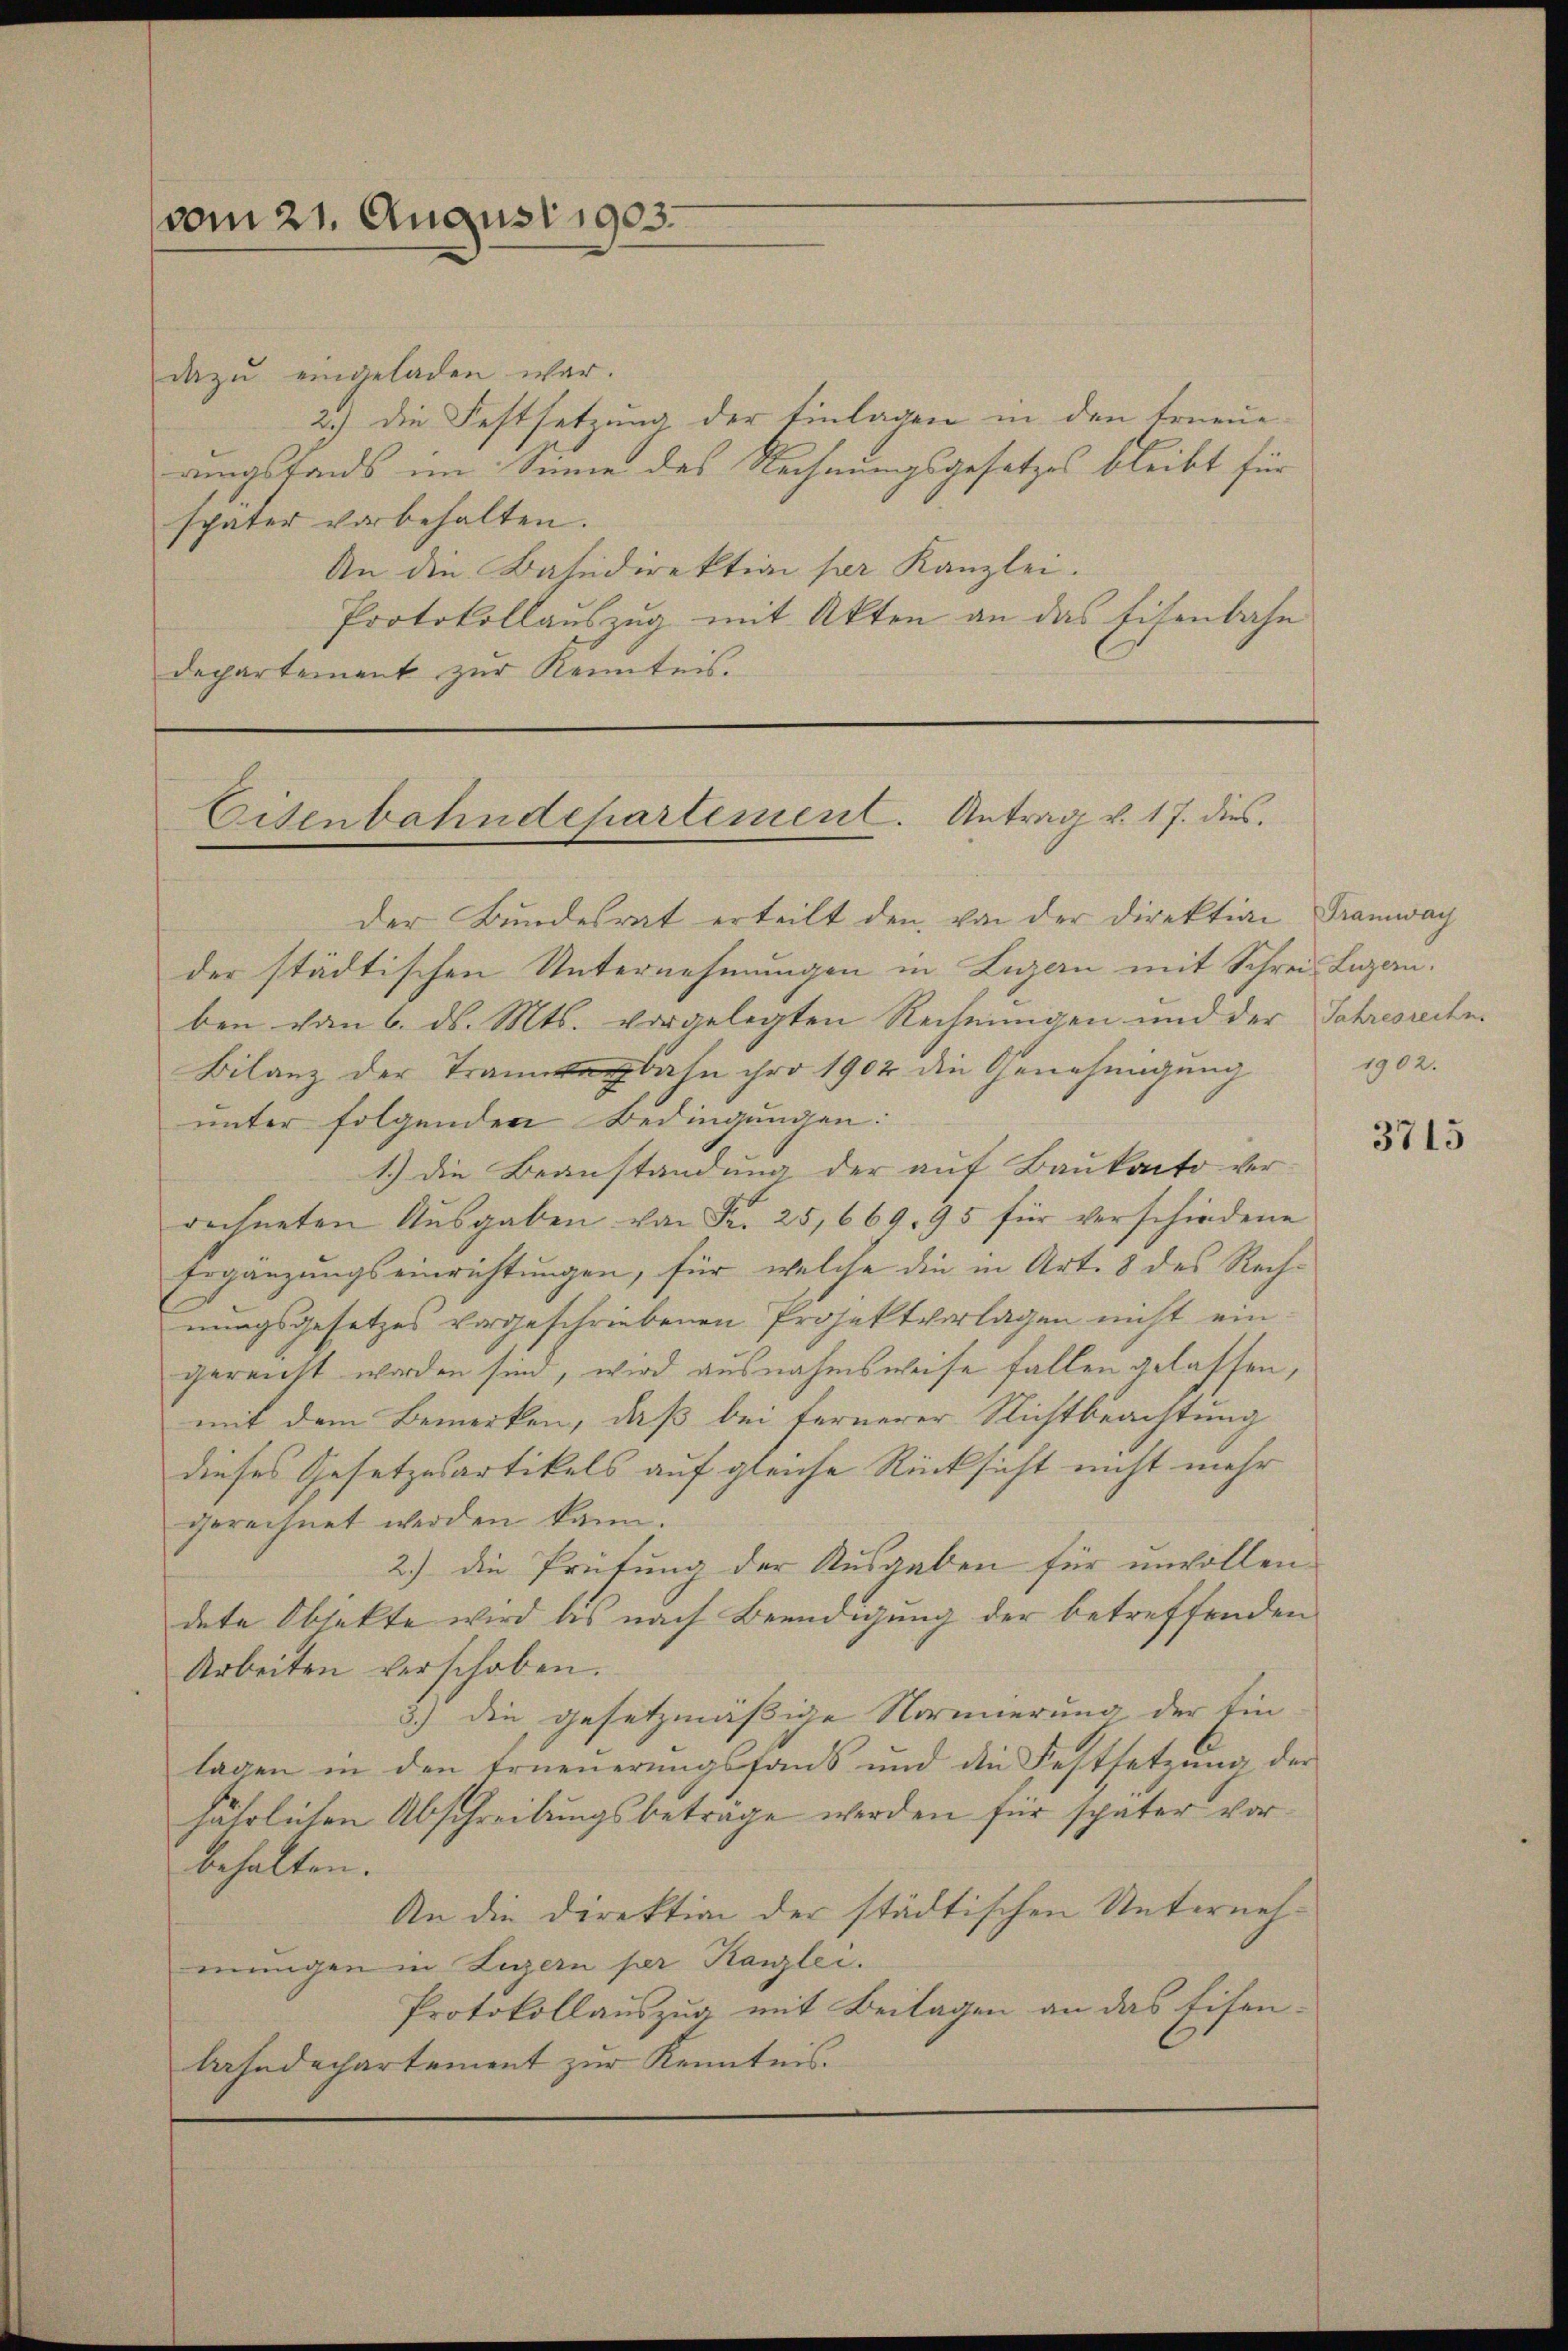
vom 21. August 1903.

dazu eingeladen war.
2.) Die Festsetzung der Einlagen in den Erneue-
rungstands im Sinne des Rechnungsgesetzes bleibt für
später vorbehalten.
An die Bahndirektion per Kanzlei.
Protokollauszug mit Akten an das Eisenbahn
departement zur Kenntnis.

Eisenbahndepartement. Antrag v. 17. dies

der Bundesrat erteilt den von der Direktion
der städtischen Unternehmungen in Luzern mit Schrei Luzern.
ben vom 6. ds. Mts. vorgelegten Rechnungen und der Schresrechen
Bilanz der Transagbahn pro 1902 die Genehmigung
unter folgenden Bedingungen:
1.) Die Beanstandung der auf Baukanto ver-
rechneten Aŭsgaben von Fr. 25, 669, 95 für verschiedene
Ergänzungseinrichtungen, für welche die in Art. 8 des Rechnungsgesetzes vorgeschriebenen Projektvorlagen nicht ein
gereicht worden sind, wird ausnahmsweise fallen gelassen,
mit dem Bemerken, daß bei fernerer Nichtbeachtung
dieses Gesetzesartikels auf gleiche Rücksicht nicht mehr
gerechnet werden kann.
2.) die Prüfung der Ausgaben für unvollen
dete Objekte wird bis nach Beendigung der betreffenden
Arbeiten verschoben.
3.) Die gesetzmäßige Normierung der Ein
lagen in den Erneuerungsfans und die Festsetzung der
jährlichen Abschreibungsbeträge werden für später vorbehalten.
An die Direktion der städtischen Unternehmungen in Luzern per Kanzlei.
Protokollauszug mit Beilagen an das Eisen-
bahndechartement zur Kenntnis.

Tramwach
1902.

3715